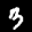
Label: 3